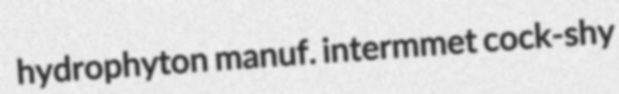
hydrophyton manuf. intermmet cock-shy